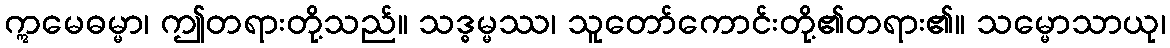
ဣမေဓမ္မာ၊ ဤတရားတို့သည်။ သဒ္ဓမ္မဿ၊ သူတော်ကောင်းတို့၏တရား၏။ သမ္မောသာယု၊